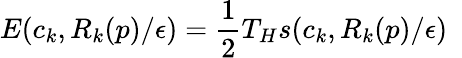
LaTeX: E(c_{k},R_{k}(p)/\epsilon)=\frac 12T_{H}s(c_{k},R_{k}(p)/\epsilon)~~